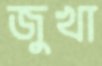
জুখা